Jarvakandi_vallavalitsus, lk 29
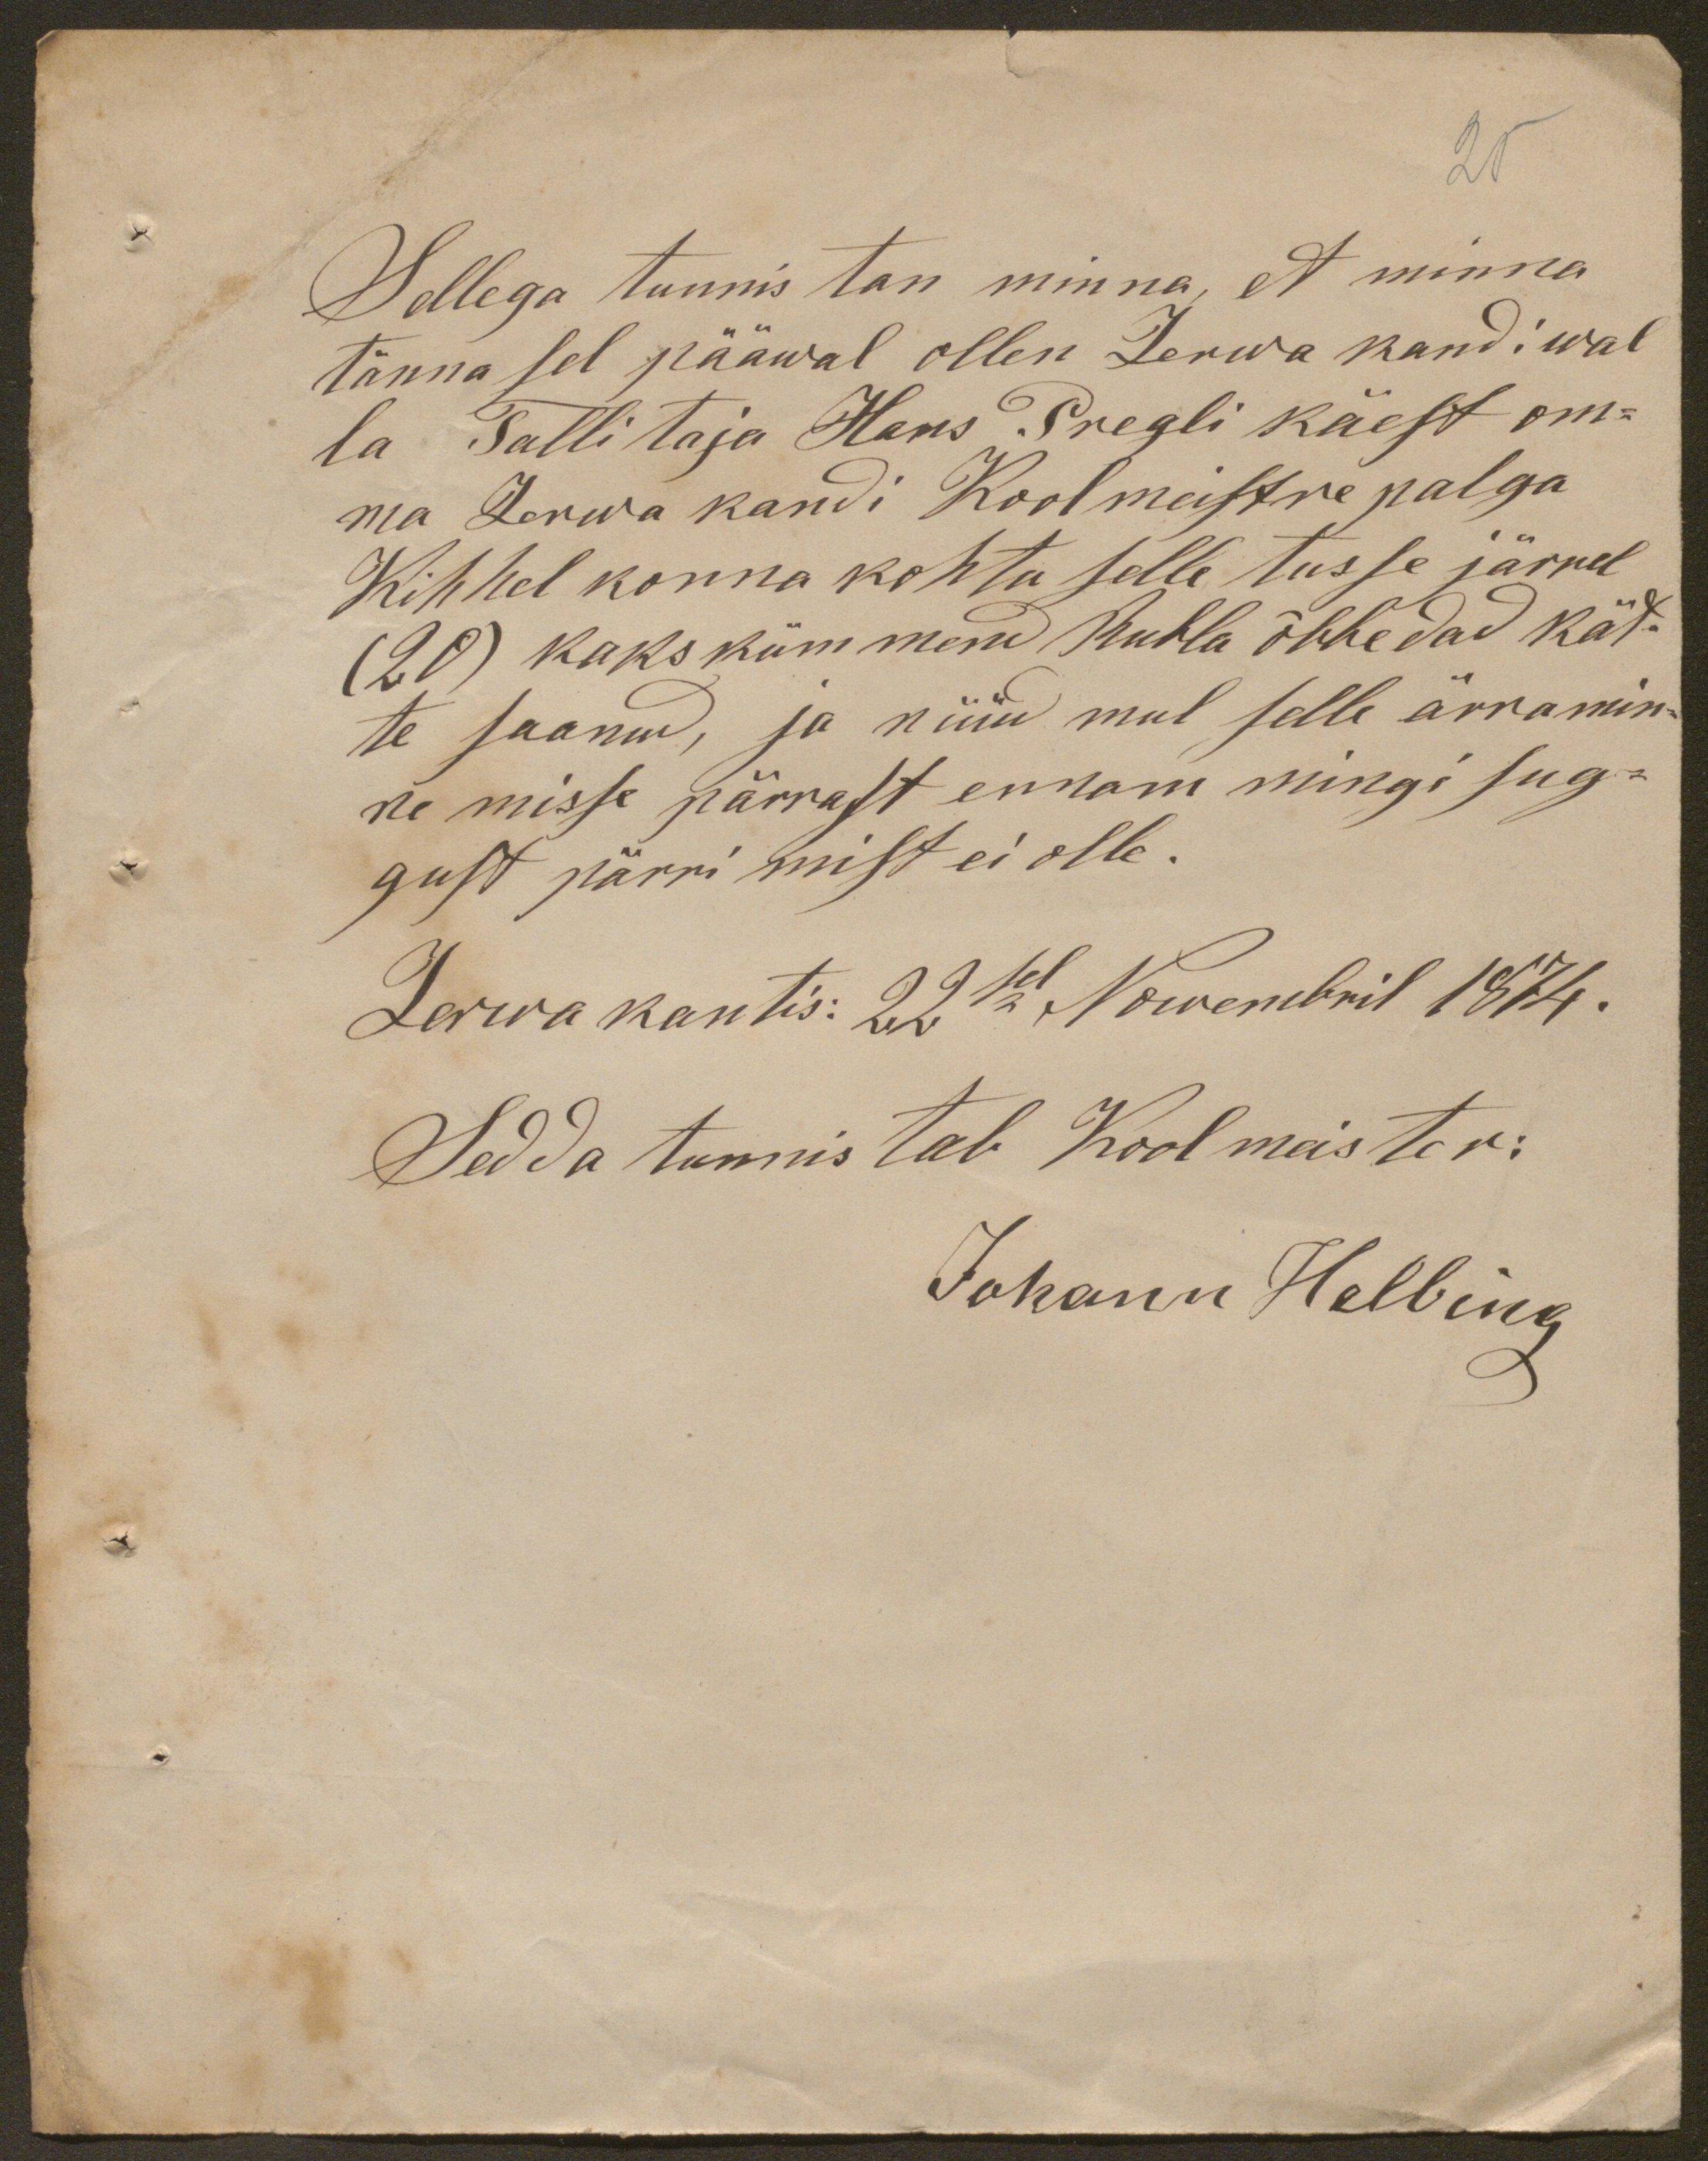
25
Sellega tunnis tan minna, et minna
tänna sel pääwal ollen Jerwa kandi wal
la Tallitaja Hans Pregli käest om-
ma Jerwa kandi Koolmeistre palga
Kihhel konna kohtu selle tusse järrel
(20) kaks kümmend Rubla õbbedad kät-
te saanud, ja nüüd mul selle ärramin-
ne misse pärrast ennam mingi sug-
gust pärrimist ei olle.
Jerwa kantis: 22sel Nowembril 1874.
Sedda tunnistab Koolmeister:
Johann Helbing